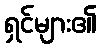
ရှင်များ၏